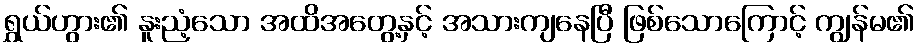
ရွှယ်ဟွား၏ နူးညံ့သော အထိအတွေ့နှင့် အသားကျနေပြီ ဖြစ်သောကြောင့် ကျွန်မ၏